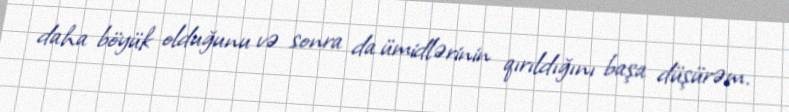
daha böyük olduğunu və sonra da ümidlərinin qırıldığını başa düşürəm.